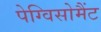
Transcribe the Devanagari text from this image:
पेग्विसोमैंट